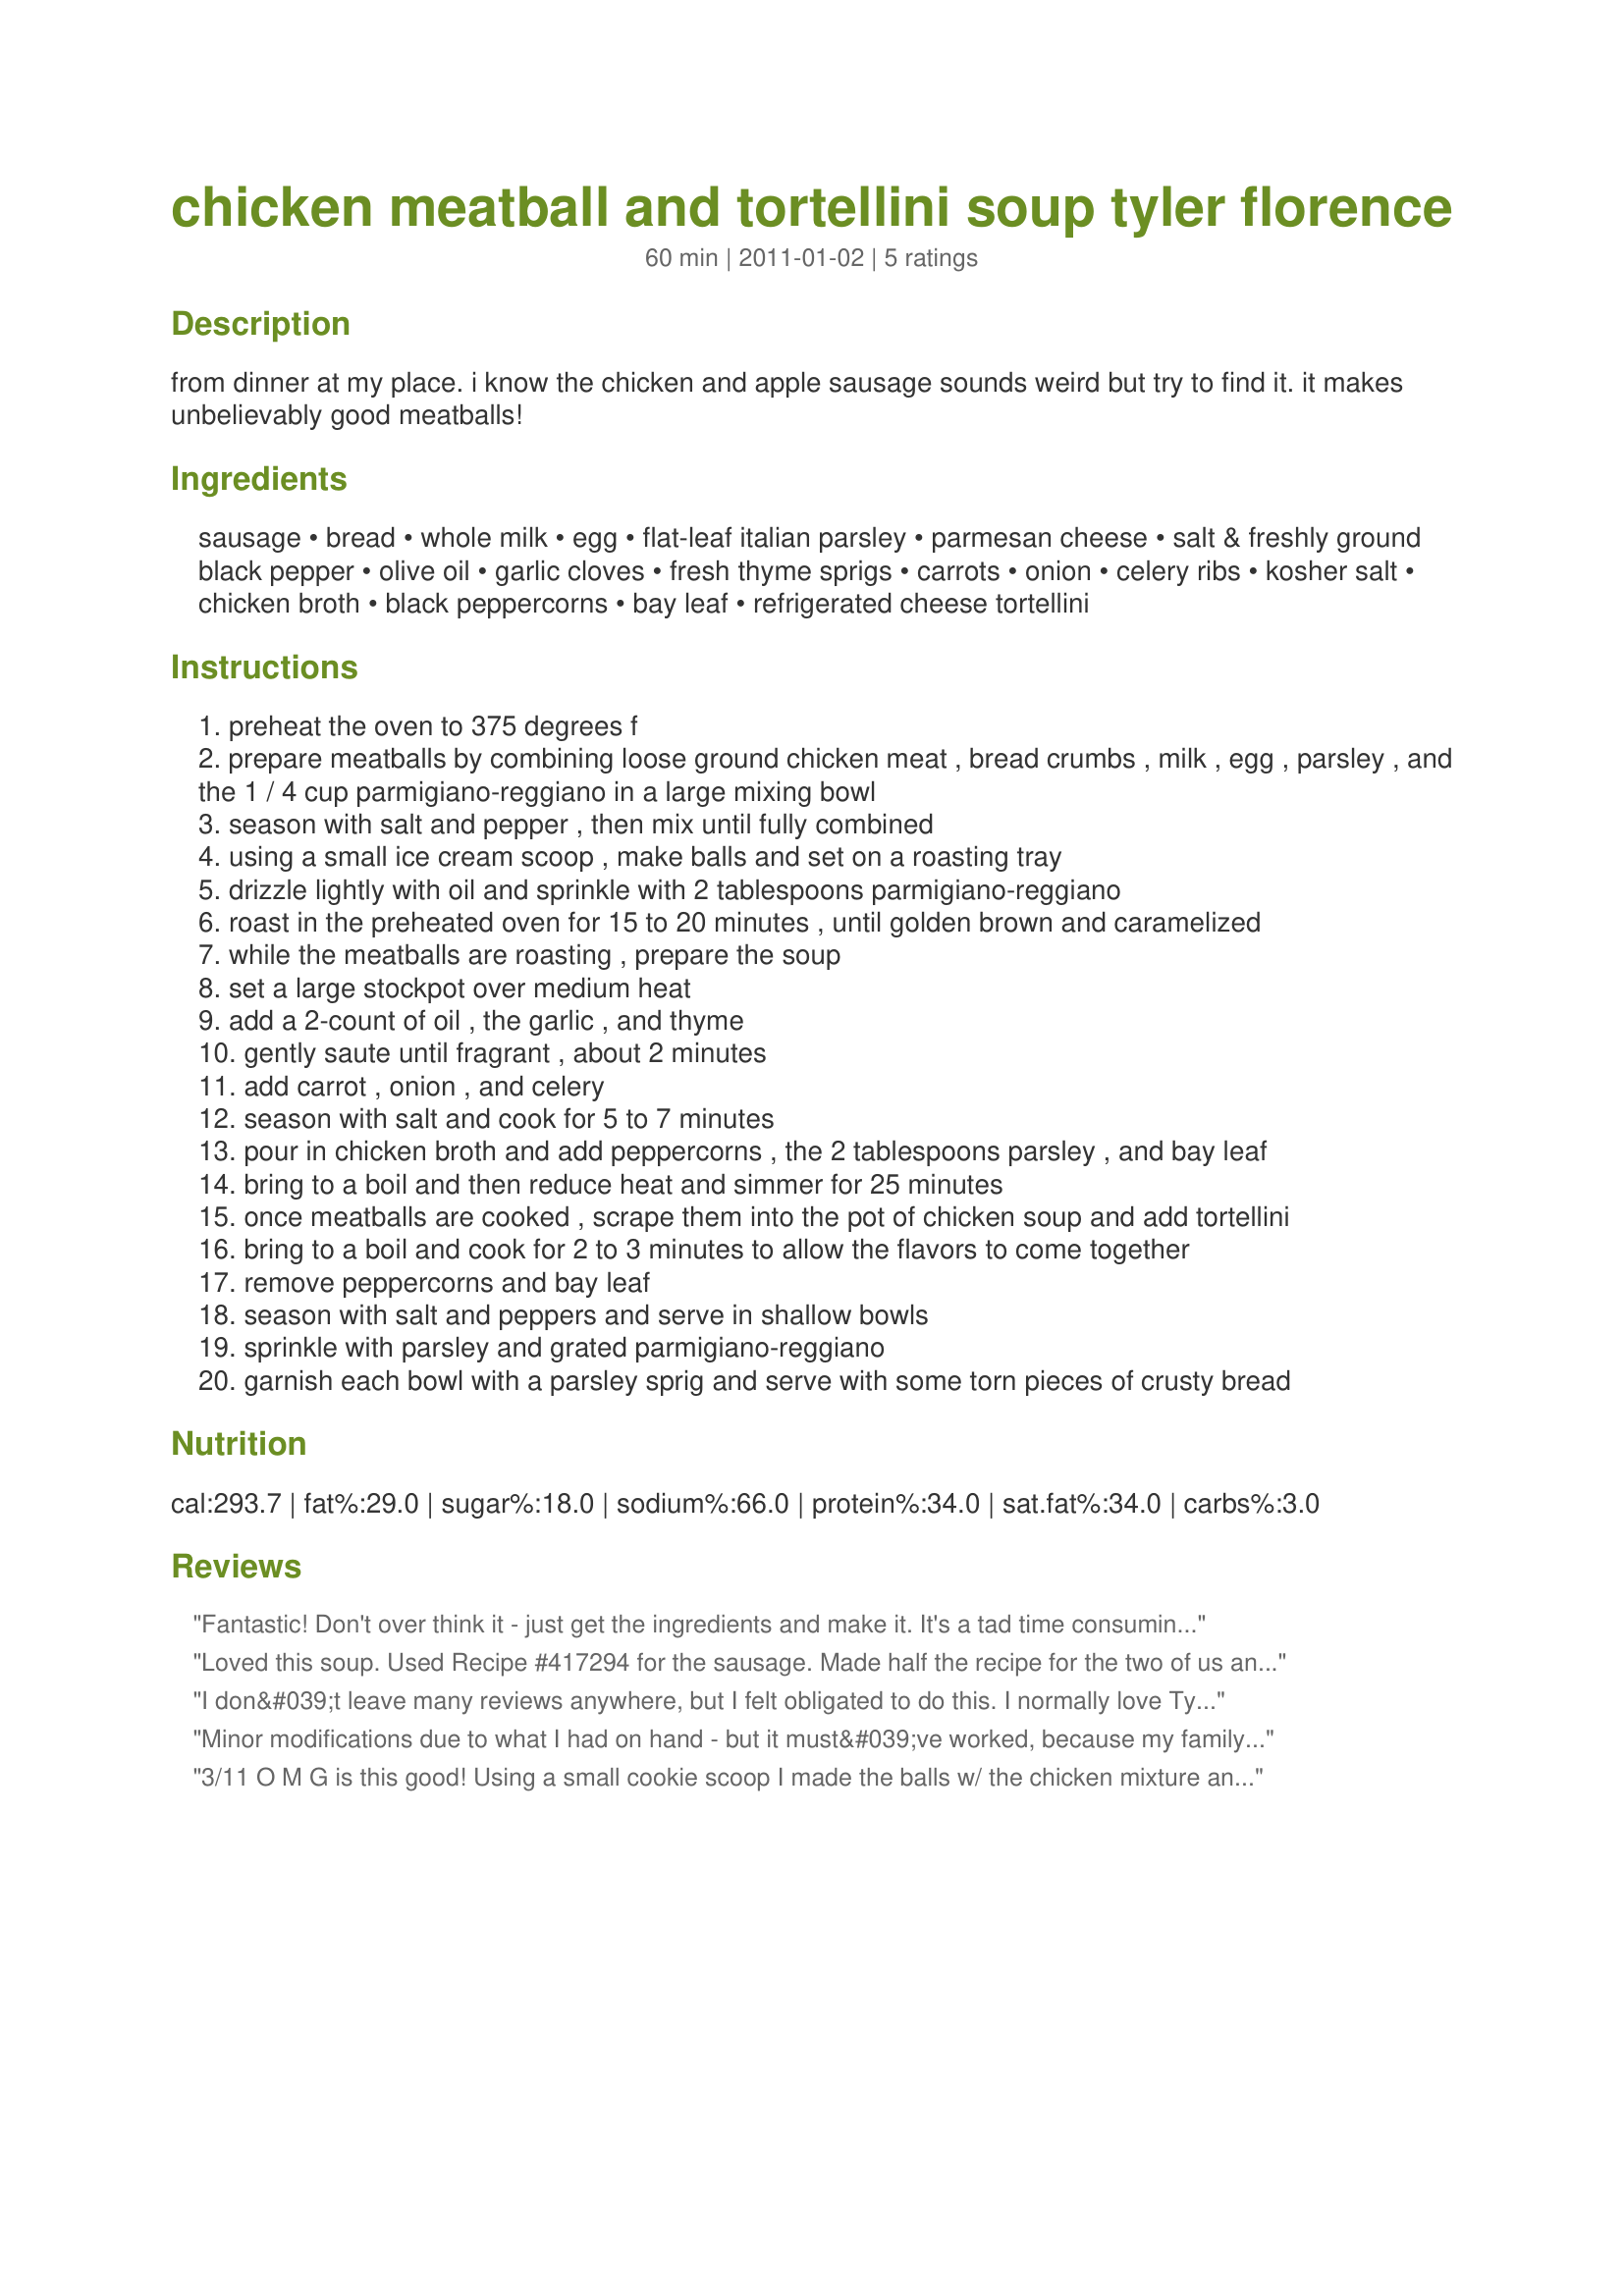
chicken meatball and tortellini soup tyler florence
Preparation time: 60 minutes

from dinner at my place. i know the chicken and apple sausage sounds weird but try to find it. it makes unbelievably good meatballs!

Ingredients:
sausage, bread, whole milk, egg, flat-leaf italian parsley, parmesan cheese, salt & freshly ground black pepper, olive oil, garlic cloves, fresh thyme sprigs, carrots, onion, celery ribs, kosher salt, chicken broth, black peppercorns, bay leaf, refrigerated cheese tortellini

Steps:
preheat the oven to 375 degrees f
prepare meatballs by combining loose ground chicken meat , bread crumbs , milk , egg , parsley , and the 1 / 4 cup parmigiano-reggiano in a large mixing bowl
season with salt and pepper , then mix until fully combined
using a small ice cream scoop , make balls and set on a roasting tray
drizzle lightly with oil and sprinkle with 2 tablespoons parmigiano-reggiano
roast in the preheated oven for 15 to 20 minutes , until golden brown and caramelized
while the meatballs are roasting , prepare the soup
set a large stockpot over medium heat
add a 2-count of oil , the garlic , and thyme
gently saute until fragrant , about 2 minutes
add carrot , onion , and celery
season with salt and cook for 5 to 7 minutes
pour in chicken broth and add peppercorns , the 2 tablespoons parsley , and bay leaf
bring to a boil and then reduce heat and simmer for 25 minutes
once meatballs are cooked , scrape them into the pot of chicken soup and add tortellini
bring to a boil and cook for 2 to 3 minutes to allow the flavors to come together
remove peppercorns and bay leaf
season with salt and peppers and serve in shallow bowls
sprinkle with parsley and grated parmigiano-reggiano
garnish each bowl with a parsley sprig and serve with some torn pieces of crusty bread

Reviews:
Fantastic! Don't over think it - just get the ingredients and make it. It's a tad time consuming the first time around, but worth it! The next few times I've made it, it was a breeze.
Loved this soup. Used Recipe #417294 for the sausage. Made half the recipe for the two of us and still had some left over. Excellent and will use all the time.
I don&#039;t leave many reviews anywhere, but I felt obligated to do this. I normally love Tyler&#039;s recipes, but this one leaves out a couple of important points and therefor was a total flop for me. Most importantly, the sausage must be fresh, UNCOOKED sausage. Maybe he talks about this in his commentary, but I didn&#039;t have time to read that. We have chicken-apple sausage in virtually every store in the San Francisco bay area, but they are all pre-cooked like the Aidell&#039;s brand. If you buy that without knowing, you will have one heck of a time removing the non-existant casing (should have been my clue to stop, but I went on anyway.) You can&#039;t break up the sausage and make a meatball out of it. I ran the whole mess through a food processor...still no luck. The meatball mix was one big mess and a total waste of time and money. Second, if you actually put the smashed garlic in at the point he suggests and then continue to cook the onion/carrot/celery combo for 5 mins, you will end up with totally burned garlic. With the combo of burned garlic and meatballs that were a bust, I ended up just making the tortellini and putting jarred sauce over it. By the time I made it through the disasters above, the family was starving and I had no option. I admit I am not the best cook so maybe this whole thing is my fault. Believe me, that is not surprising. I have been wrong so many times in my life and certainly this will be far from the last :)) But just thought I had to put this out there in case there are other stupid people like me. Looks like the other reviewers knew what to do. Truly, I applaud them for their skills/knowledge. I wish I had it too. But, alas :))
Minor modifications due to what I had on hand - but it must&#039;ve worked, because my family says this is one of THE best meals they&#039;ve ever had! I used sweet Italian sausage stuffed tortellini - and used bulk sausage instead of the chicken. GREAT recipe &amp; a permanent addition to our recipe &#039;go-to&#039;s&#039; for sure! Thanks for sharing!
3/11 O M G is this good! Using a small cookie scoop I made the balls w/ the chicken mixture and dropped them into the gently boiling soup. No frying (as Tyler suggests) or baking necessary. They turned out PERFECT and had a great texture. Made the soup broth as suggested but I rough chopped all the veggies in the food processor. I like a more rustic look to my soup, and I hate chopping! I boiled 1# tortellini on a separate pot and added to the soup before serving. Overall, AMAZING! This beats any and all chicken soups I have ever made. This ROCKS! Thaks a bunch Brookelynne! UPDATE 2/13: I omitted the tortellini this time and used a mini farfellini, orzo would be good too. Again, boiled separately so everyone could add as much as they like. Just terrific!
